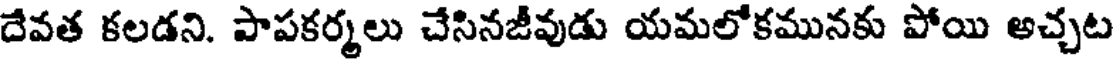
దేవత కలడని. పాపకర్మలు చేసినజీవుడు యమలోకమునకు పోయి అచ్చట